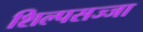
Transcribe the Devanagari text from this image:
शिल्पसज्जा